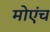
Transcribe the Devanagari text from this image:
मोएंच